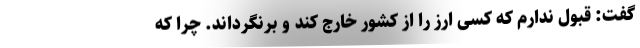
گفت: قبول ندارم که کسی ارز را از کشور خارج کند و برنگرداند. چرا که